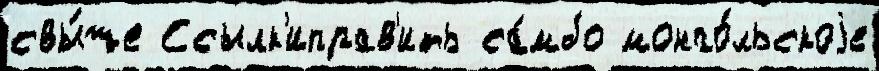
свы́ше Ссылк'иправ'ить са́мбо монго́льскоjе